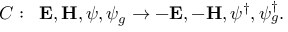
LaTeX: C : \; \; { \bf E } , { \bf H } , \psi , \psi _ { g } \rightarrow - { \bf E } , - { \bf H } , \psi ^ { \dag } , \psi _ { g } ^ { \dag } .